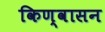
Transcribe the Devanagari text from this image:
किण्वासन